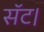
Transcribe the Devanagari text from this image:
सॅट।